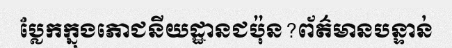
ប្លែកក្នុងភោជនីយដ្ឋានជប៉ុន?ព័ត៌មានបន្ទាន់